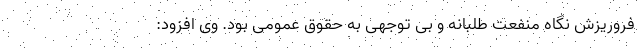
فروریزش نگاه منفعت طلبانه و بی توجهی به حقوق عمومی بود. وی افزود: